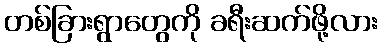
တစ်ခြားရွာတွေကို ခရီးဆက်ဖို့လား